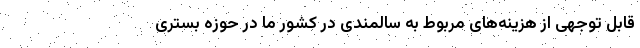
قابل توجهی از هزینه‌های مربوط به سالمندی در کشور ما در حوزه بستری